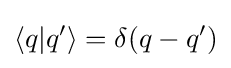
\langle q|q'\rangle =\delta (q-q')